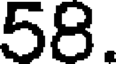
58.